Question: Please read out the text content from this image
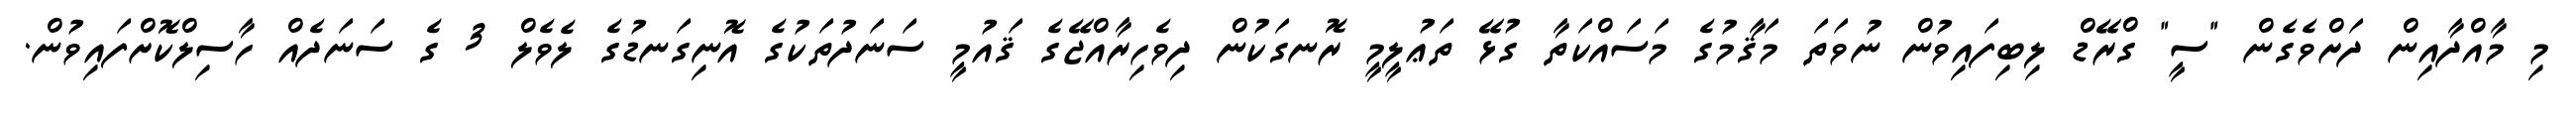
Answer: މި މާއްދާއިން ދަށްވެގެން "ސީ" ގްރޭޑް ލިބިފައިވުން ނުވަތަ މަޤާމުގެ މަސައްކަތާ ގުޅޭ ތަޢުލީމީ ރޮނގަކުން ދިވެހިރާއްޖޭގެ ޤައުމީ ސަނަދުތަކުގެ އޮނިގަނޑުގެ ލެވެލް 3 ގެ ސަނަދެއް ހާސިލްކޮށްފައިވުން.